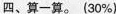
四、算一算。(30%)